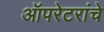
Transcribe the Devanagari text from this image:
ऑपरेटरांचे